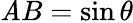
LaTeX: \mathit{A}B=\sin\theta